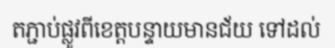
តភ្ជាប់ផ្លូវពីខេត្តបន្ទាយមានជ័យ ទៅដល់